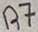
Text: R7